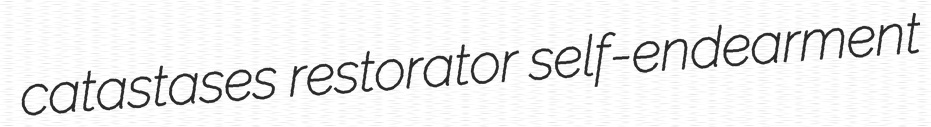
catastases restorator self-endearment